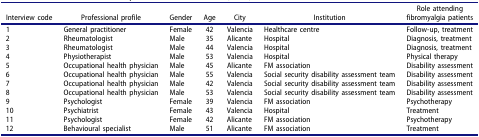
<table><thead><tr><td><b>Interview code</b></td><td><b>Professional profile</b></td><td><b>Gender</b></td><td><b>Age</b></td><td><b>City</b></td><td><b>Institution</b></td><td><b>Role attendingfibromyalgia patients</b></td></tr></thead><tbody><tr><td>1</td><td>General practitioner</td><td>Female</td><td>42</td><td>Valencia</td><td>Healthcare centre</td><td>Follow-up, treatment</td></tr><tr><td>2</td><td>Rheumatologist</td><td>Male</td><td>35</td><td>Alicante</td><td>Hospital</td><td>Diagnosis, treatment</td></tr><tr><td>3</td><td>Rheumatologist</td><td>Male</td><td>44</td><td>Valencia</td><td>Hospital</td><td>Diagnosis, treatment</td></tr><tr><td>4</td><td>Physiotherapist</td><td>Male</td><td>53</td><td>Valencia</td><td>Hospital</td><td>Physical therapy</td></tr><tr><td>5</td><td>Occupational health physician</td><td>Male</td><td>45</td><td>Alicante</td><td>FM association</td><td>Disability assessment</td></tr><tr><td>6</td><td>Occupational health physician</td><td>Male</td><td>55</td><td>Valencia</td><td>Social security disability assessment team</td><td>Disability assessment</td></tr><tr><td>7</td><td>Occupational health physician</td><td>Male</td><td>42</td><td>Valencia</td><td>Social security disability assessment team</td><td>Disability assessment</td></tr><tr><td>8</td><td>Occupational health physician</td><td>Male</td><td>53</td><td>Valencia</td><td>Social security disability assessment team</td><td>Disability assessment</td></tr><tr><td>9</td><td>Psychologist</td><td>Female</td><td>39</td><td>Valencia</td><td>FM association</td><td>Psychotherapy</td></tr><tr><td>10</td><td>Psychiatrist</td><td>Female</td><td>43</td><td>Valencia</td><td>Hospital</td><td>Treatment</td></tr><tr><td>11</td><td>Psychologist</td><td>Female</td><td>42</td><td>Alicante</td><td>FM association</td><td>Psychotherapy</td></tr><tr><td>12</td><td>Behavioural specialist</td><td>Male</td><td>51</td><td>Alicante</td><td>FM association</td><td>Treatment</td></tr></tbody></table>